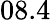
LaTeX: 08.4